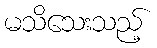
မသိသေးသည့်